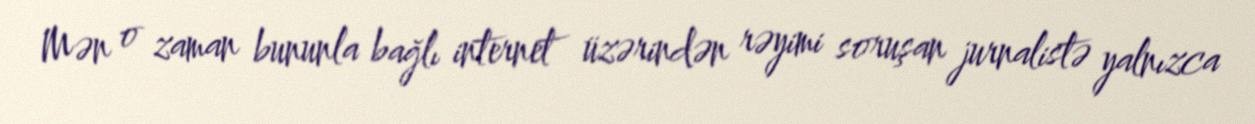
Mən o zaman bununla bağlı internet üzərindən rəyimi soruşan jurnalistə yalnızca